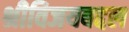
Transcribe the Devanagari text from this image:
श्रीविजयबद्दल